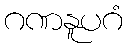
ဂဏနူပဂံ